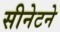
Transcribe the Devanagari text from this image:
सीनेटने